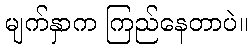
မျက်နှာက ကြည်နေတာပဲ။